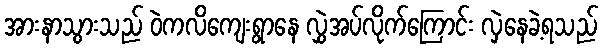
အားနာသွားသည် ဝဲကလိကျေးရွာနေ လွှဲအပ်လိုက်ကြောင်း လှဲနေခဲ့ရသည်